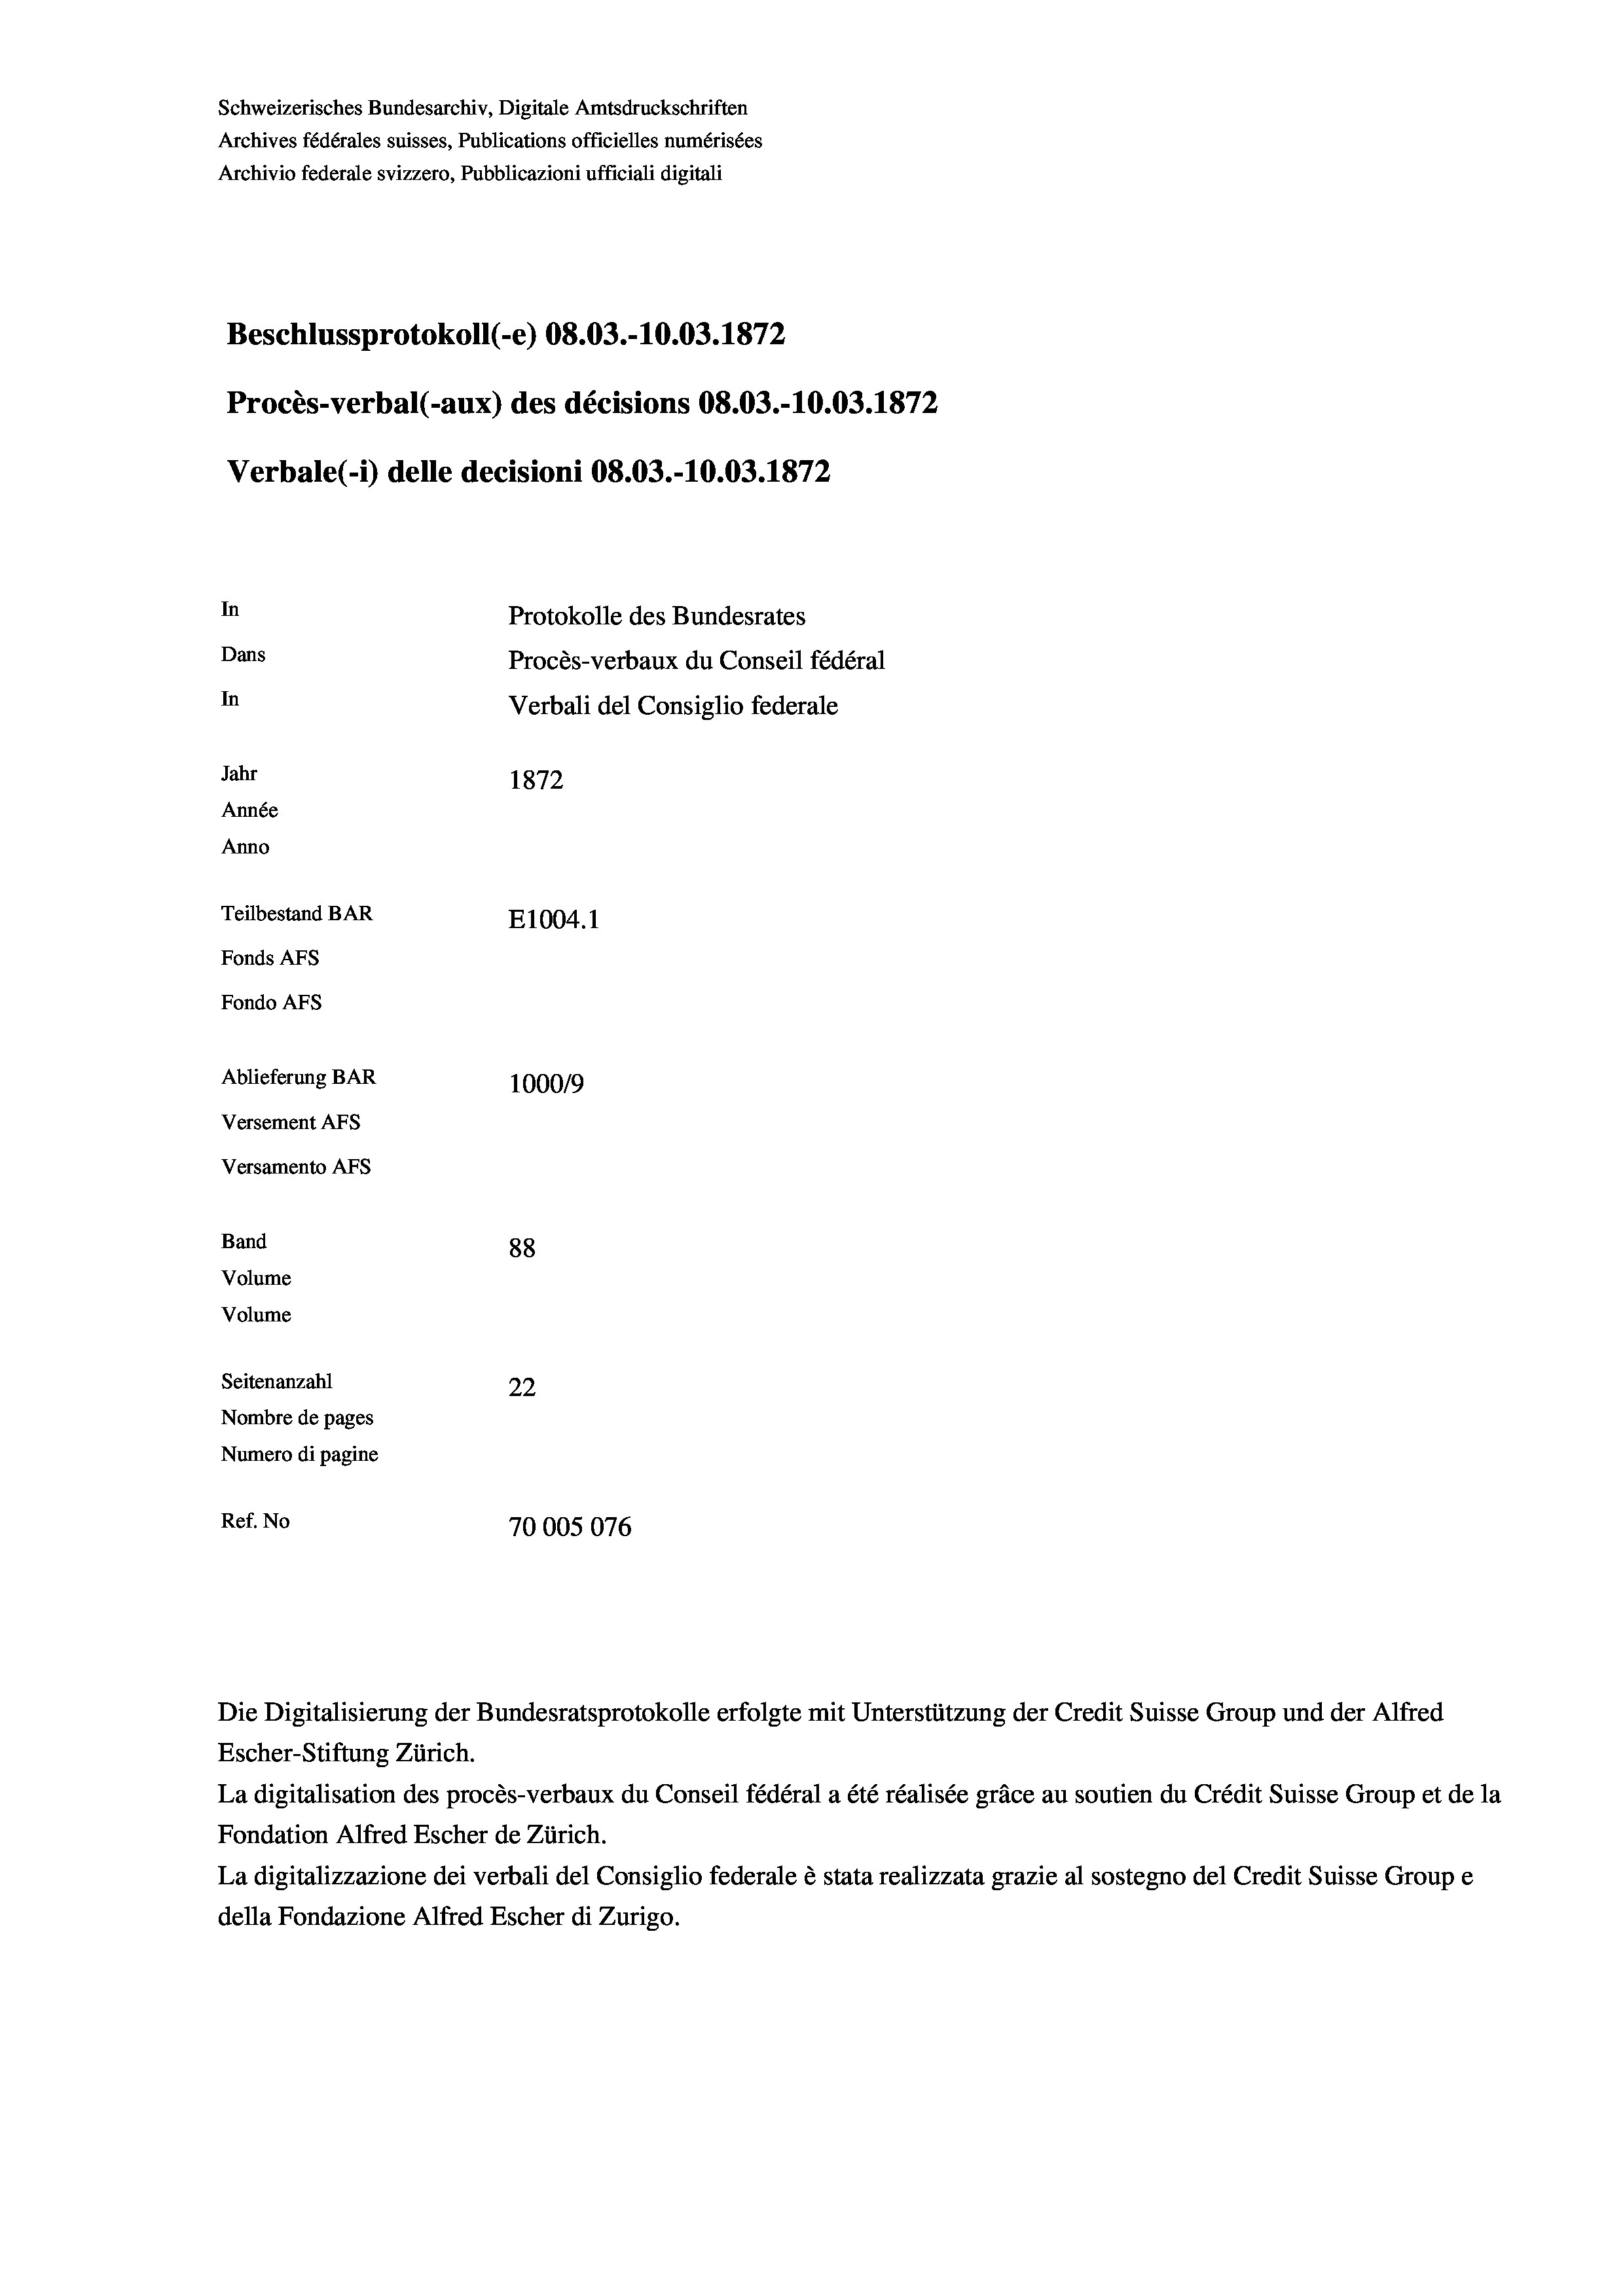
Schweizerisches Bundesarchiv, Digitale Amtsdruckschriften
Archives fédérales suisses, Publications officielles numérisées
Archivio federale svizzero, Pubblicazioni ufficiali digitali
Beschlussprotokoll (-e) 08.03.-10.03. 1872
Procès-verbal (-aux) des décisions 08.03.-10.03. 1872
Verbale (i) delle decisioni 08.03.-10.03. 1872
In
Protokolle des Bundesrates
Dans
Procès-verbaux du Conseil fédéral
In
Verbali del Consiglio federale
Jahr
1872
Année
Anno
Teilbestand BAR
E1004. 1
Fonds Afs
Fondo Afs
Ablieferung BAR
100019
Versement AFs
Versamento Afs
Band
88
Volume
Volume
Seitenanzahl
22
Nombre de pages
Numero di pagine
Ref. No
70005076

Die Digitalisierung der Bundesratsprotokolle erfolgte mit Unterstützung der Credit Suisse Group und der Alfred
Escher-Stiftung Zürich.
La digitalisation des procès-verbaux du Conseil fédéral a été réalisée gräce au soutien du Crédit Suisse Group et de la
Fondation Alfred Escher de Zürich.
La digitalizzazione dei verbali del Consiglio federale è stata realizzata grazie al sostegno del Credit Suisse Groupe
della Fondazione Alfred Escher di Zurigo.